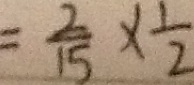
= \frac { 2 } { 1 5 } \times \frac { 1 } { 2 }